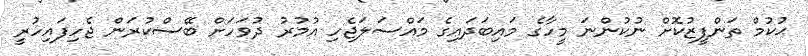
ޙުކުމް ތަންފީޒުކޮށް ނުކުންނަ މީހާގެ މައިބަދައިގެ މައްސަލަޖެހި އުމުރު ދުވަހަށް ބޭސްކުރަން ޖެހިފައިހުރީ